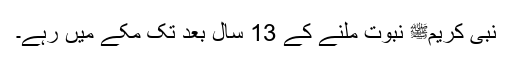
نبی کریمﷺ نبوت ملنے کے 13 سال بعد تک مکے میں رہے۔